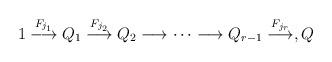
LaTeX: \begin{align*}1 \stackrel{F_{j_{1}}}{\longrightarrow} Q_{1}\stackrel{F_{j_{2}}}{\longrightarrow} Q_{2} \longrightarrow \cdots \longrightarrow Q_{r-1}\stackrel{F_{j_{r}}}{\longrightarrow}, Q\end{align*}